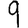
Digit: 9